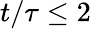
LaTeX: t/\tau\leq 2